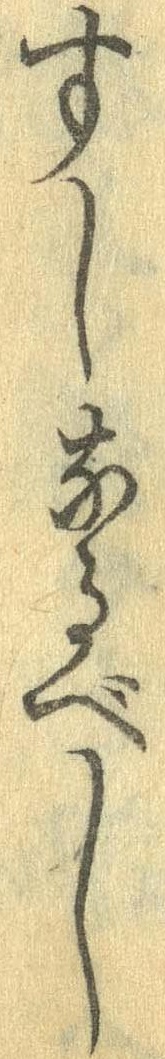
すしなるべし